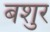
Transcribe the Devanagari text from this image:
बशुर